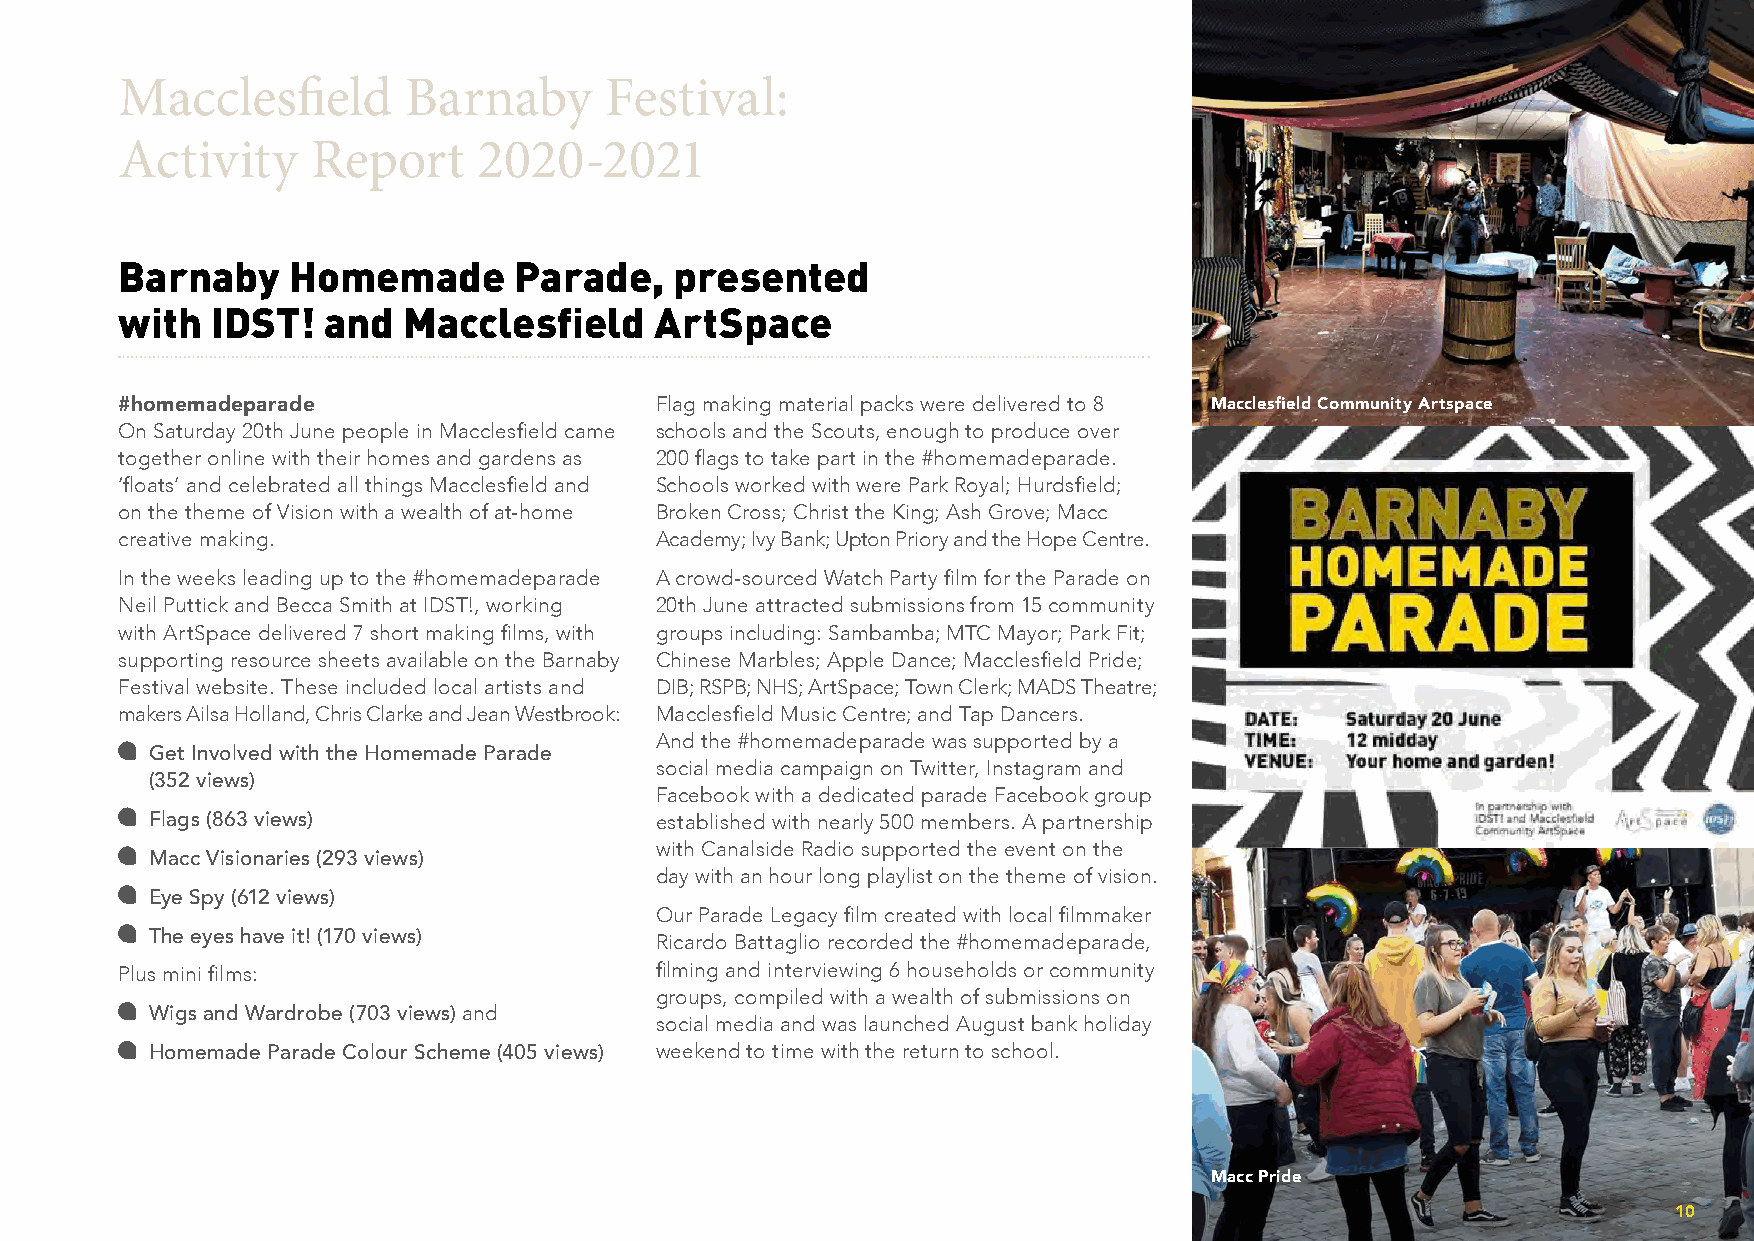
Macclesfield       Barnaby      Festival:
 Activity     Report     2020-2021
 Barnaby    Homemade       Parade,    presented
 with  IDST!  and   Macclesfield    ArtSpace
 #homemadeparade                    Flag making material packs were delivered to 8 Macclesfield Community Artspace
 On Saturday 20th June people in Macclesfield came schools and the Scouts, enough to produce over
 together online with their homes and gardens as 200 flags to take part in the #homemadeparade.
 ‘floats’ and celebrated all things Macclesfield and Schools worked with were Park Royal; Hurdsfield;
 on the theme of Vision with a wealth of at-home Broken Cross; Christ the King; Ash Grove; Macc
 creative making.                   Academy; Ivy Bank; Upton Priory and the Hope Centre.
 In the weeks leading up to the #homemadeparade A crowd-sourced Watch Party film for the Parade on
 Neil Puttick and Becca Smith at IDST!, working 20th June attracted submissions from 15 community
 with ArtSpace delivered 7 short making films, with groups including: Sambamba; MTC Mayor; Park Fit;
 supporting resource sheets available on the Barnaby Chinese Marbles; Apple Dance; Macclesfield Pride;
 Festival website. These included local artists and DIB; RSPB; NHS; ArtSpace; Town Clerk; MADS Theatre;
 makers Ailsa Holland, Chris Clarke and Jean Westbrook: Macclesfield Music Centre; and Tap Dancers.
 And the #homemadeparade was supported by a
 Get Involved with the Homemade Parade
 social media campaign on Twitter, Instagram and
 (352 views)
 Facebook with a dedicated parade Facebook group
 Flags (863 views)                established with nearly 500 members. A partnership
 with Canalside Radio supported the event on the
 Macc Visionaries (293 views)
 day with an hour long playlist on the theme of vision.
 Eye Spy (612 views)
 Our Parade Legacy film created with local filmmaker
 The eyes have it! (170 views)    Ricardo Battaglio recorded the #homemadeparade,
 Plus mini films:                   filming and interviewing 6 households or community
 groups, compiled with a wealth of submissions on
 Wigs and Wardrobe (703 views) and
 social media and was launched August bank holiday
 Homemade Parade Colour Scheme (405 views) weekend to time with the return to school.
 Macc Pride
 10